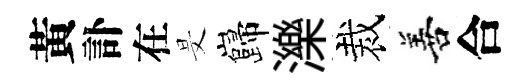
黃訃在旻巋濼裁善合